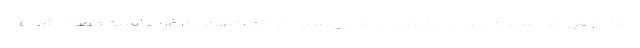
امکان فروش سهام رنو به بخش دولتی روسیه که تحت تحریم غرب است مطرح شده